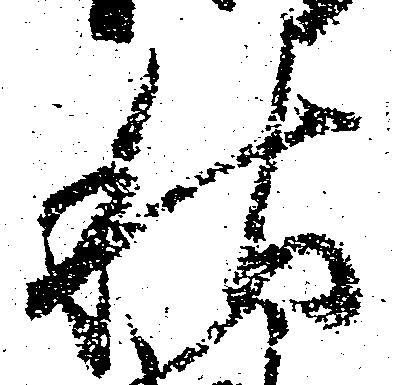
秋